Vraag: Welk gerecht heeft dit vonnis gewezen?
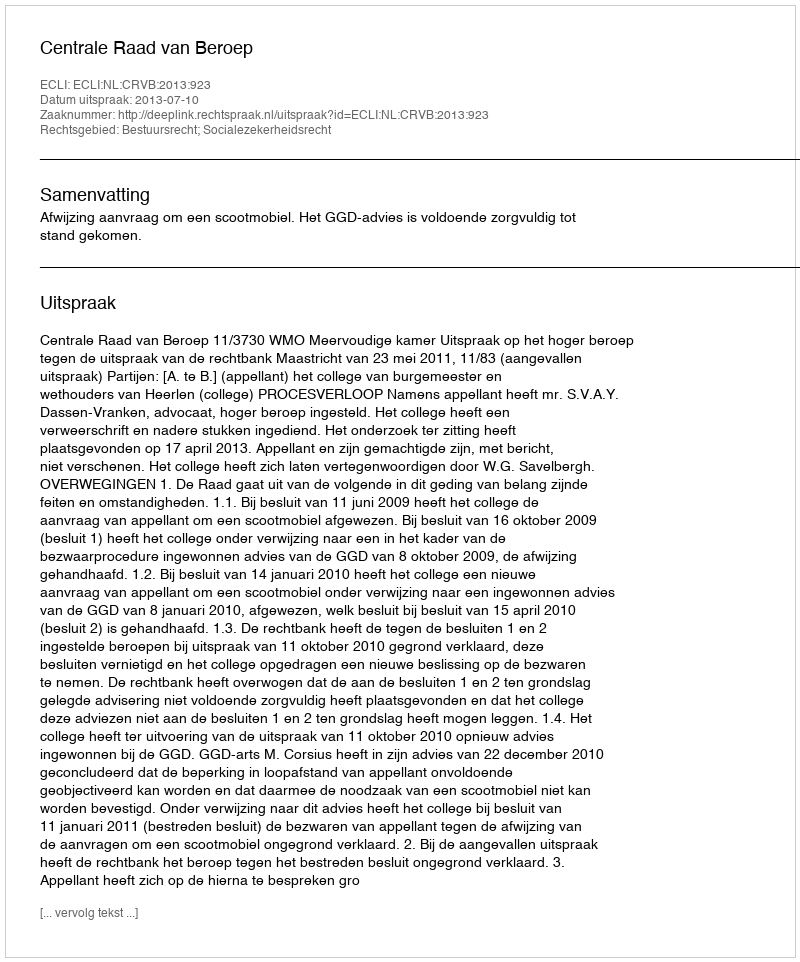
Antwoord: Centrale Raad van Beroep